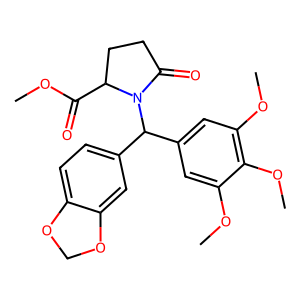
SMILES: COC(=O)C1CCC(=O)N1C(c1ccc2c(c1)OCO2)c1cc(OC)c(OC)c(OC)c1
Inhibits HIV replication: No